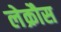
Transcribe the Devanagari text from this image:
लेक्रौस